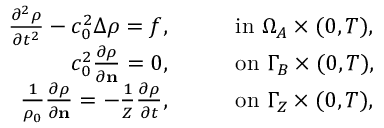
\begin{array} { r l } { \frac { \partial ^ { 2 } \rho } { \partial t ^ { 2 } } - c _ { 0 } ^ { 2 } \Delta \rho = f , } & { \qquad \mathrm { i n ~ } \Omega _ { A } \times ( 0 , T ) , } \\ { c _ { 0 } ^ { 2 } \frac { \partial \rho } { \partial \mathbf { n } } = 0 , } & { \qquad \mathrm { o n ~ } \Gamma _ { B } \times ( 0 , T ) , } \\ { \frac { 1 } { \rho _ { 0 } } \frac { \partial \rho } { \partial \mathbf { n } } = - \frac { 1 } { Z } \frac { \partial \rho } { \partial t } , } & { \qquad \mathrm { o n ~ } \Gamma _ { Z } \times ( 0 , T ) , } \end{array}